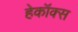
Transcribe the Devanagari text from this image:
हेकॉक्स